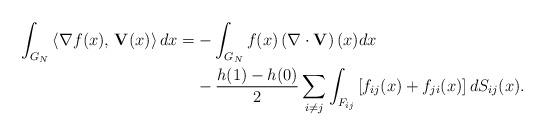
LaTeX: \begin{align*}\int_{G_{N}}\left\langle \nabla f(x),\,\mathbf{V}(x)\right\rangle dx= & -\int_{G_{N}}f(x)\left(\nabla\cdot\mathbf{V}\right)(x)dx\\ & -\frac{h(1)-h(0)}{2}\sum_{i\neq j}\int_{F_{ij}}\left[f_{ij}(x)+f_{ji}(x)\right]dS_{ij}(x).\end{align*}